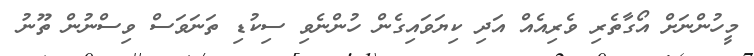
މީހުންނަށް އޯގާތެރި ވެރިއެއް އަދި ކިޔަވައިގެން ހުންނެވި ސިކުޑި ތަނަވަސް ވިސްނުން ތޫނު